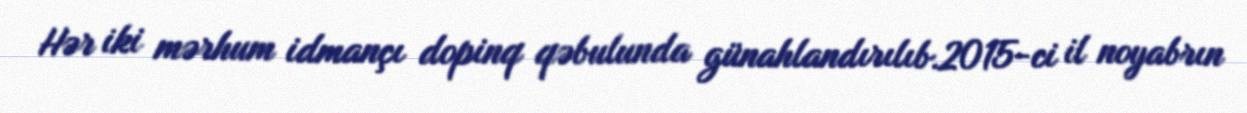
Hər iki mərhum idmançı dopinq qəbulunda günahlandırılıb.2015-ci il noyabrın